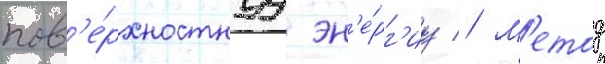
пов'е́рхностнуу эн'е́рг'иу // М'етод